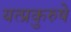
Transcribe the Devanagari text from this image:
यत्प्रकुरुषे